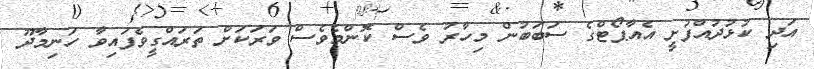
އަދި ކުޅުދުއްފުށީ އެއާޕޯޓްގެ ސަބަބުން މިހާރު ވެސް ކޮންމެވެސް ވަރަކަށް ތަރައްގީވެފައިވާ ހަނިމާދޫ